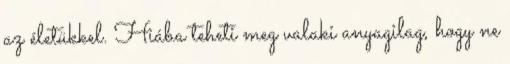
az életükkel. Hiába teheti meg valaki anyagilag, hogy ne